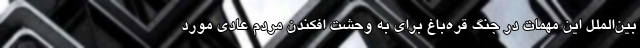
بین‌الملل این مهمات در جنگ قره‌باغ برای به وحشت افکندن مردم عادی مورد